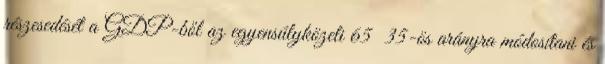
részesedését a GDP-ből az egyensúlyközeli 65 35-ös arányra módosítani és